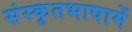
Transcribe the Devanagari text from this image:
संस्कृतभाषामें